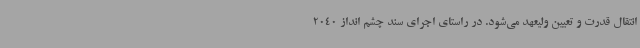
انتقال قدرت و تعیین ولیعهد می‌شود. در راستای اجرای سند چشم انداز 2040